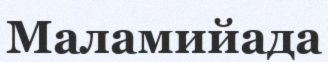
Маламийада